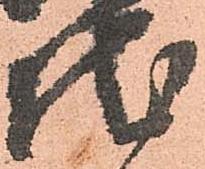
地